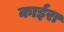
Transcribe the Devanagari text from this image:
काईरा